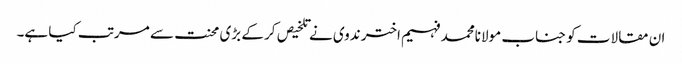
ان مقالات کو جناب مولانامحمد فہیم اختر ندوی نے تلخیص کر کے بڑی محنت سے مرتب کیا ہے۔